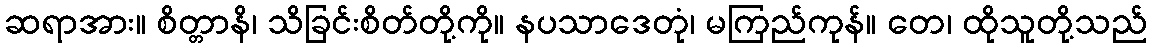
ဆရာအား။ စိတ္တာနိ၊ သိခြင်းစိတ်တို့ကို။ နပသာဒေတုံ၊ မကြည်ကုန်။ တေ၊ ထိုသူတို့သည်